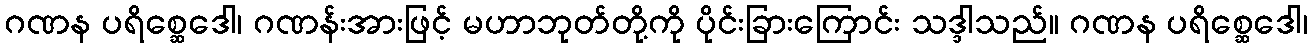
ဂဏန ပရိစ္ဆေဒေါ၊ ဂဏန်းအားဖြင့် မဟာဘုတ်တို့ကို ပိုင်းခြားကြောင်း သဒ္ဒါသည်။ ဂဏန ပရိစ္ဆေဒေါ၊